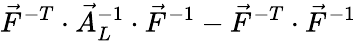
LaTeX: \vec{F}^{-T}\cdot\vec{A}_{L}^{-1}\cdot\vec{F}^{-1}-\vec{F}^{-T}\cdot\vec{F}^{-1}